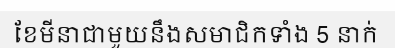
ខែមីនាជាមួយនឹងសមាជិកទាំង 5 នាក់